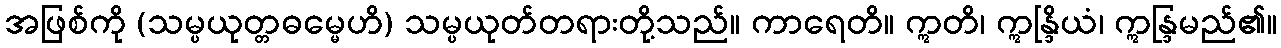
အဖြစ်ကို (သမ္ပယုတ္တဓမ္မေဟိ) သမ္ပယုတ်တရားတို့သည်။ ကာရေတိ။ ဣတိ၊ ဣန္ဒြိယံ၊ ဣန္ဒြမည်၏။